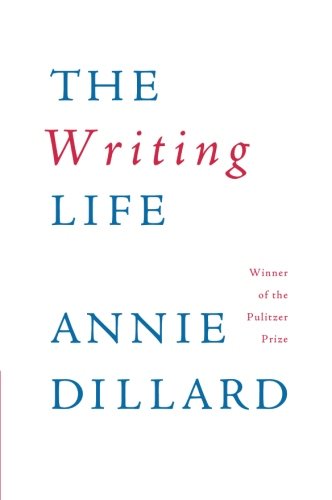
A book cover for The Writing Life; Annie Dillard; Literature & Fiction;